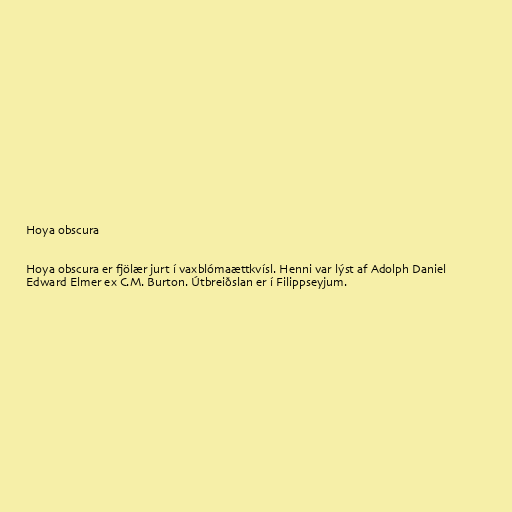
Hoya obscura

Hoya obscura er fjölær jurt í vaxblómaættkvísl. Henni var lýst af Adolph Daniel
Edward Elmer ex C.M. Burton. Útbreiðslan er í Filippseyjum.